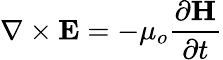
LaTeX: \nabla\times\mathbf{E}=-\mu_{o}{\frac{\partial\mathbf{H}}{\partial t}}